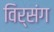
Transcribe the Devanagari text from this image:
विर्संग